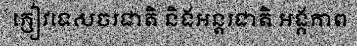
ភ្ញៀវទេសចរជាតិ និងអន្តរជាតិ អង្គភាព